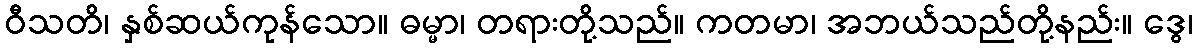
ဝီသတိ၊ နှစ်ဆယ်ကုန်သော။ ဓမ္မာ၊ တရားတို့သည်။ ကတမာ၊ အဘယ်သည်တို့နည်း။ ဒွေ၊